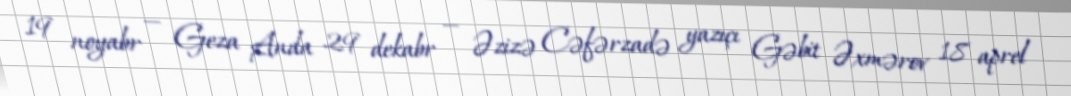
19 noyabr — Geza Anda 29 dekabr — Əzizə Cəfərzadə yazıçı Gəbit Əxmərov 18 aprel